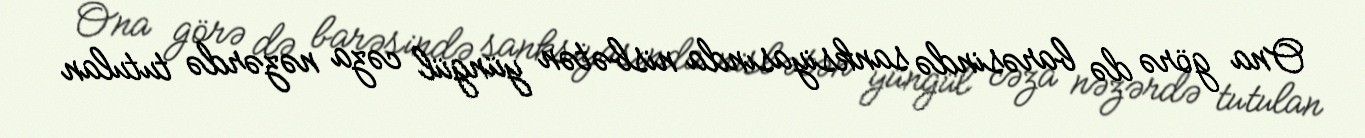
Ona görə də barəsində sanksiyasında nisbətən yüngül cəza nəzərdə tutulan